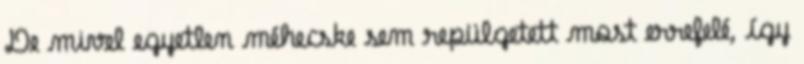
De mivel egyetlen méhecske sem repülgetett most errefelé, így